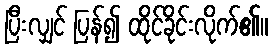
ပြီးလျှင် ပြန်၍ ထိုင်ခိုင်းလိုက်၏။